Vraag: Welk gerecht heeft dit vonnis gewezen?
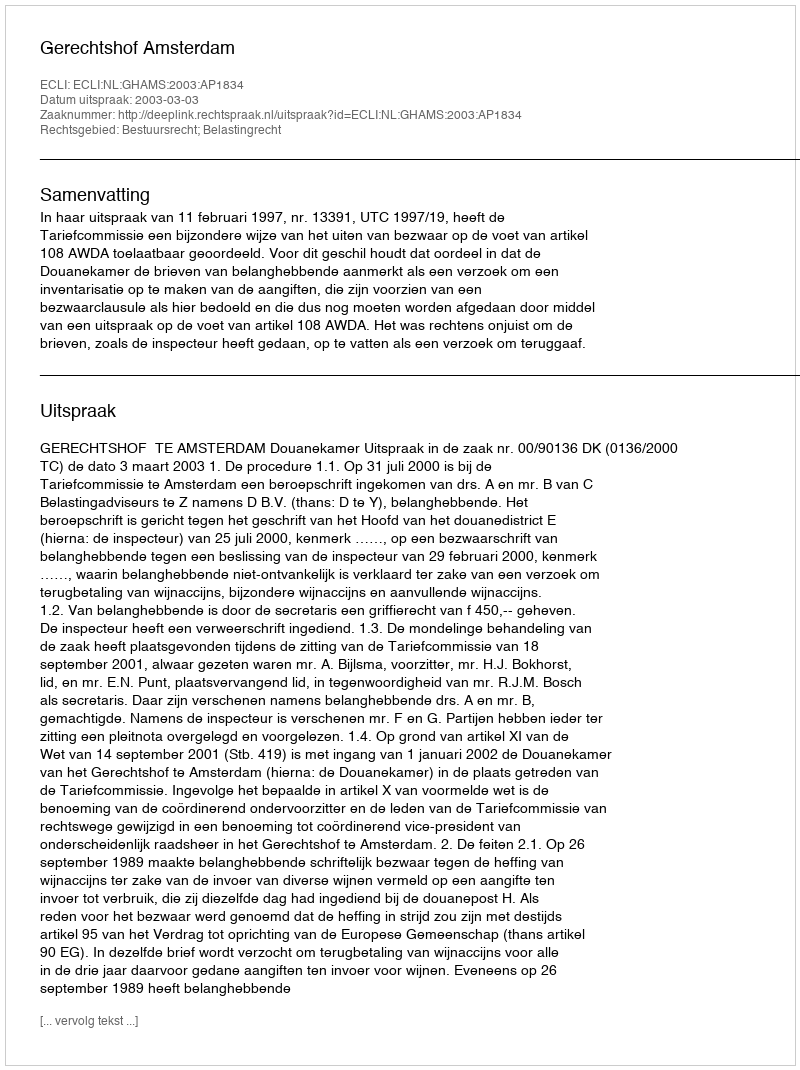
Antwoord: Gerechtshof Amsterdam